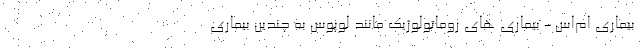
بیماری ام‌اس - بیماری های روماتولوژیک مانند لوپوس به چندین بیماری